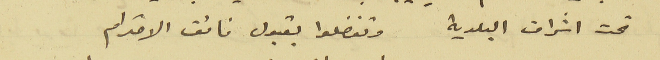
تحت اشراف البلدية وتفضلوا بقبول فائق الاحترام